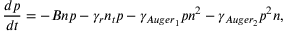
\frac { d p } { d t } = - B n p - \gamma _ { r } n _ { t } p - \gamma _ { A u g e r _ { 1 } } p n ^ { 2 } - \gamma _ { A u g e r _ { 2 } } p ^ { 2 } n ,